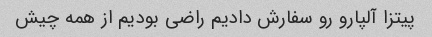
پیتزا آلپارو رو سفارش دادیم راضی بودیم از همه چیش